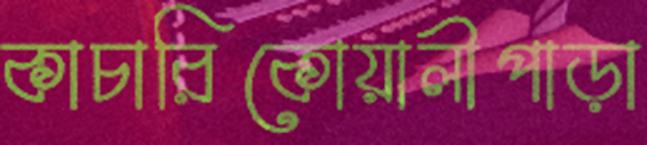
কাচারিকোয়ালীপাড়া